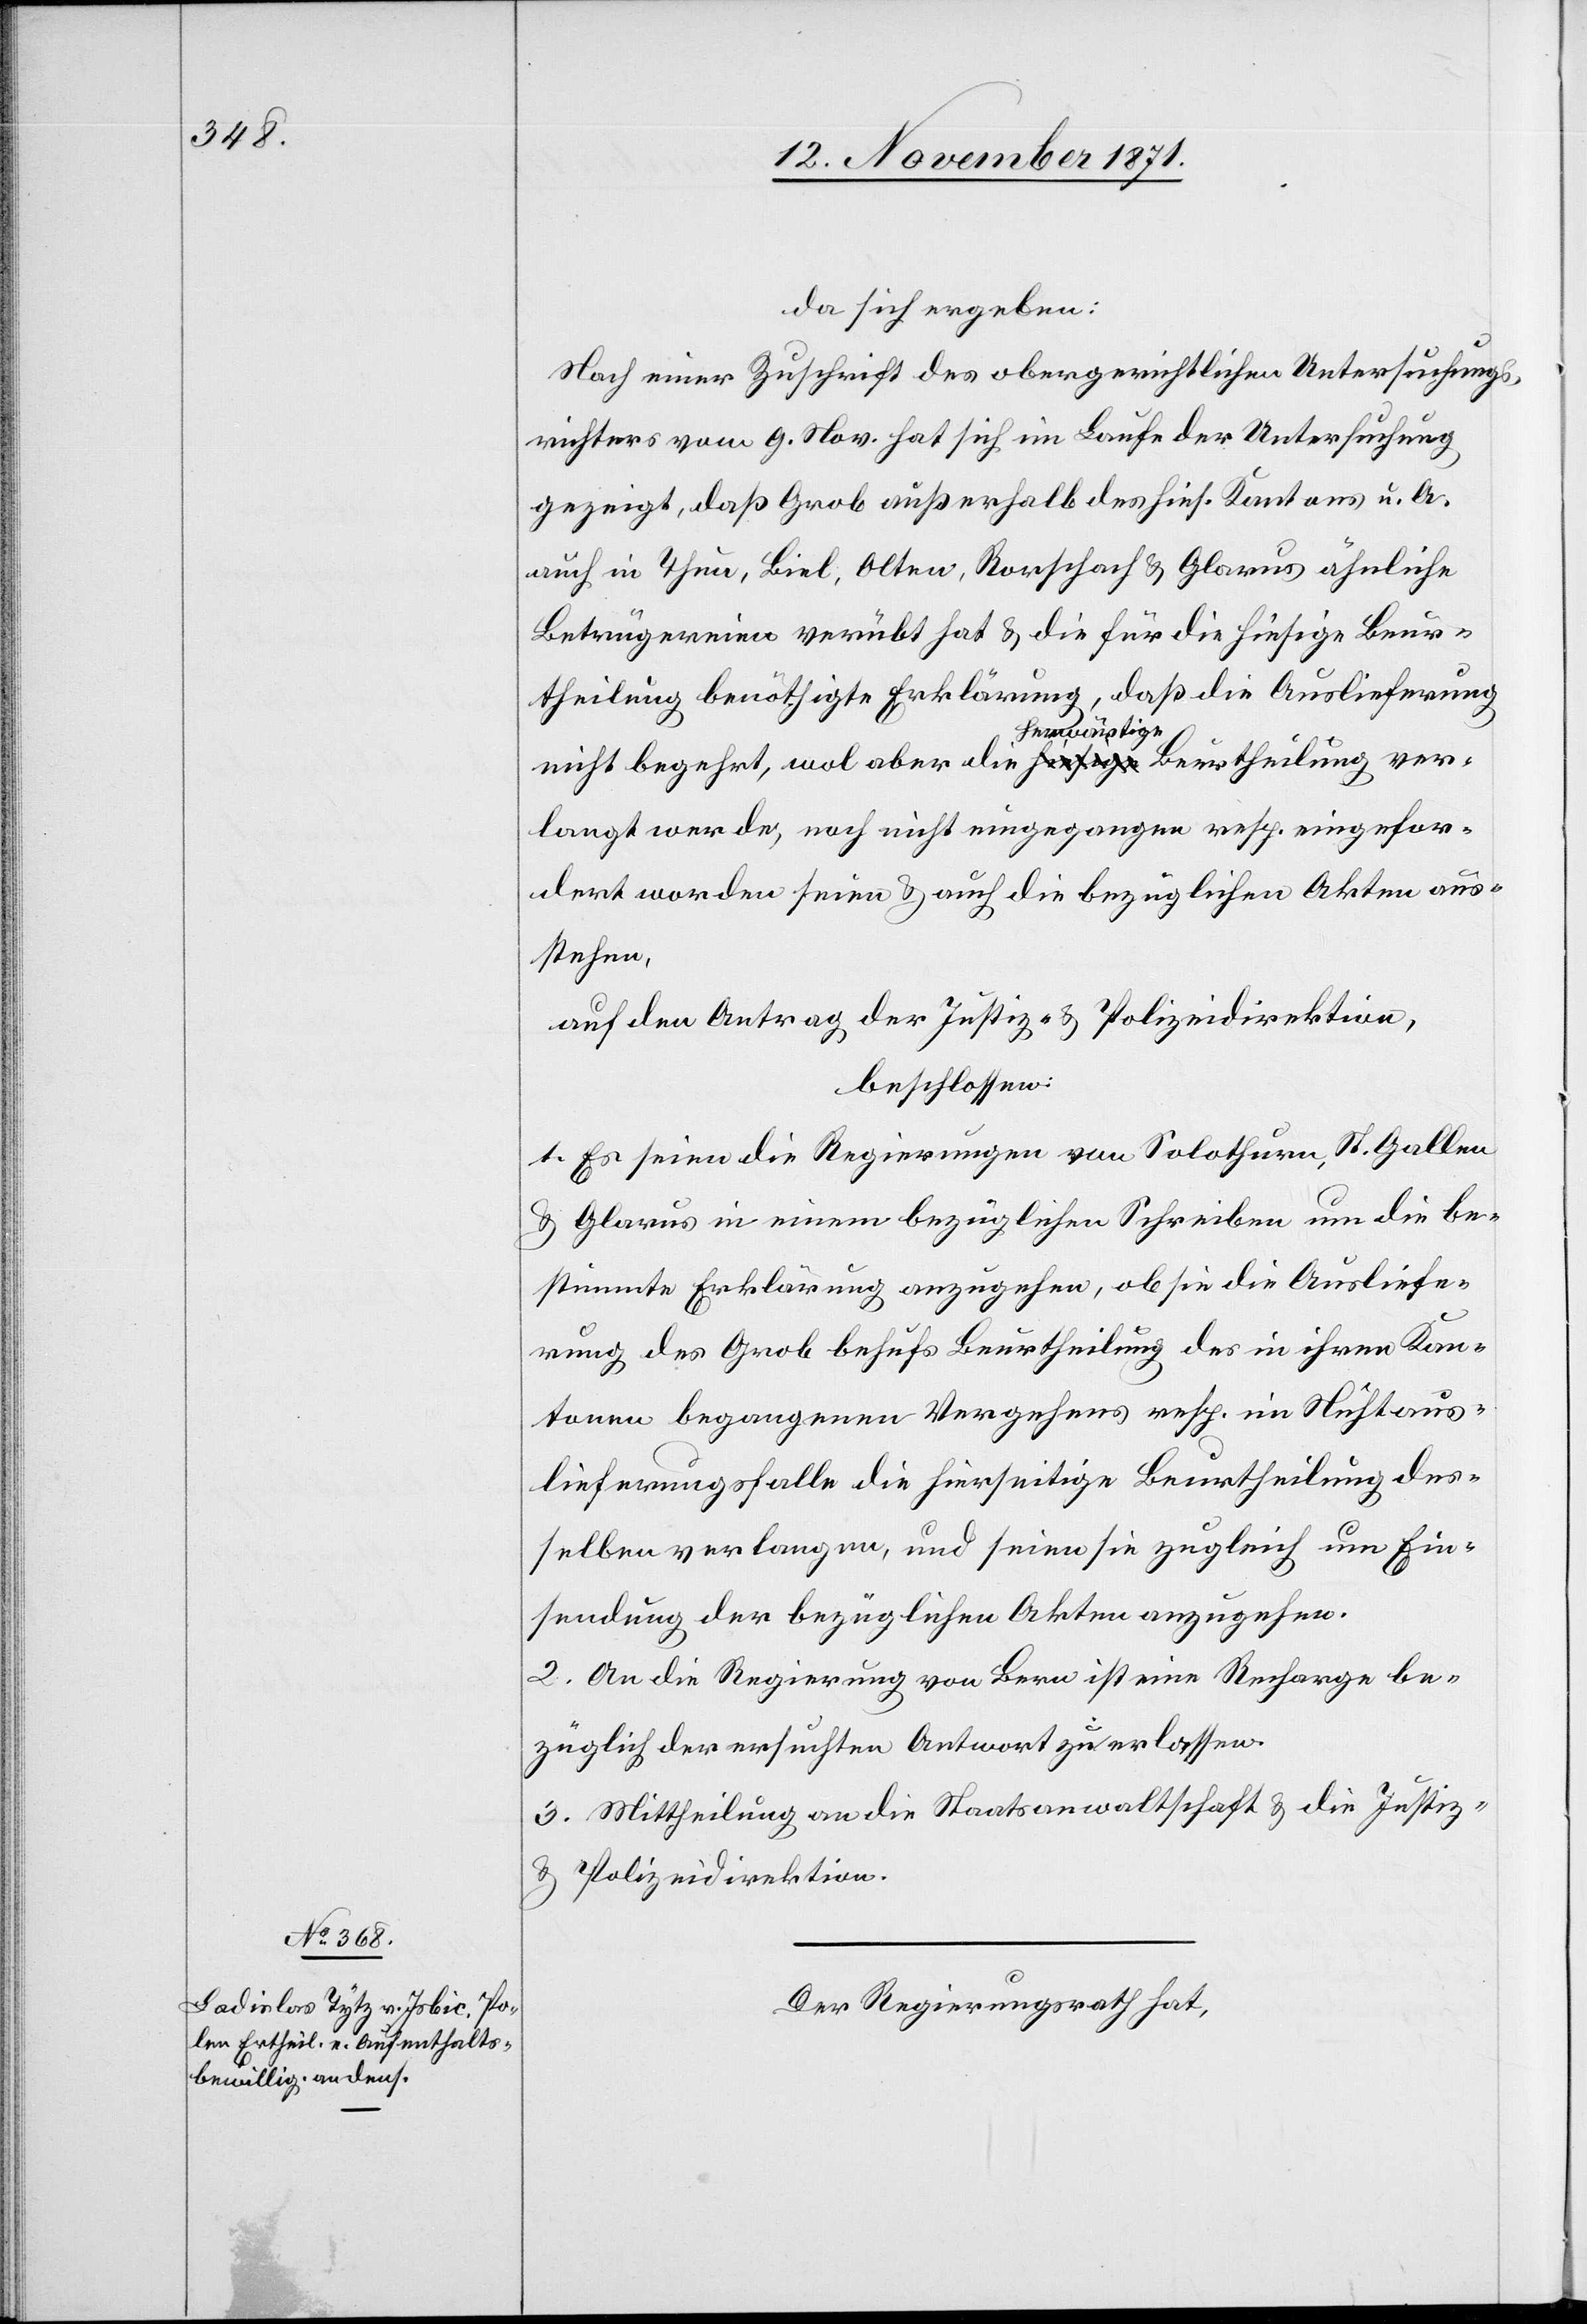
13. November 1871.]
da sich ergeben:
Nach einer Zuschrift des obergerichtlichen Untersuchungs¬
richters vom 9. Nov. hat sich im Laufe der Untersuchung
gezeigt, daß Grob außerhalb des hies. Kantons u. A.
auch in Thun, Biel, Olten, Rorschach & Glarus ähnliche
Betrügereien verübt hat & die für die hiesige Beur¬
theilung benöthigte Erklärung, daß die Auslieferung
nicht begehrt, wol aber die herwärtige Beurtheilung ver¬
langt werde, noch nicht eingegangen resp. eingefor¬
dert worden seien & auch die bezüglichen Akten aus¬
stehen,
auf den Antrag der Justiz- & Polizeidirektion,
beschlossen:
1. Es seien die Regierungen von Solothurn, St. Gallen
& Glarus in einem bezüglichen Schreiben um die be¬
stimmte Erklärung anzugehen, ob sie die Ausliefe¬
rung des Grob behufs Beurtheilung des in ihren Kan¬
tonen begangenen Vergehens resp. im Nichtaus¬
lieferungsfalle die hierseitige Beurtheilung des¬
selben verlangen, und seien sie zugleich um Ein¬
sendung der bezüglichen Akten anzugehen.
2. An die Regierung von Bern ist eine Recharge be¬
züglich der ersuchten Antwort zu erlassen.
3. Mittheilung an die Staatsanwaltschaft & die Justiz-
& Polizeidirektion.
Der Regierungsrath hat